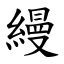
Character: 縵